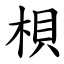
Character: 梖